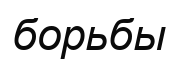
борьбы